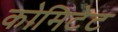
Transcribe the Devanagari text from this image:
कोमिटेट